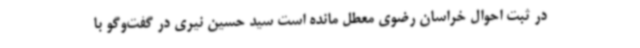
در ثبت احوال خراسان رضوی معطل مانده است سید حسین نیری در گفت‌وگو با